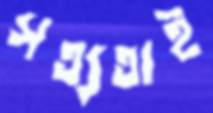
সত্যতাই